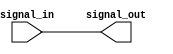
module timing_control_sync(
  input wire signal_in,
  output wire signal_out
);

// Transmission gate for delay
assign signal_out = signal_in;

endmodule